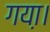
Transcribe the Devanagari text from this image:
गया़।